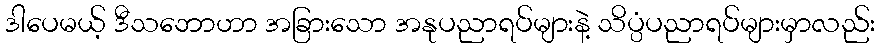
ဒါပေမယ့် ဒီသဘောဟာ အခြားသော အနုပညာရပ်များနဲ့ သိပ္ပံပညာရပ်များမှာလည်း